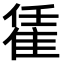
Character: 𨿃